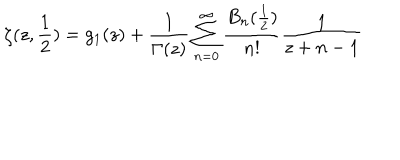
\zeta ( z , \frac { 1 } { 2 } ) = g _ { 1 } ( z ) + \frac { 1 } { \Gamma ( z ) } \sum _ { n = 0 } ^ { \infty } \frac { B _ { n } ( \frac { 1 } { 2 } ) } { n ! } \frac { 1 } { z + n - 1 }